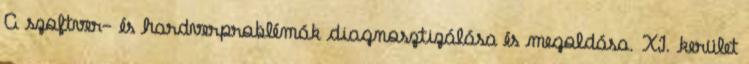
A szoftver- és hardverproblémák diagnosztizálása és megoldása. XI. kerület